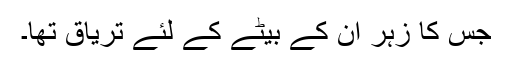
جس کا زہر اُن کے بیٹے کے لئے تریاق تھا۔